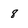
Character: 8